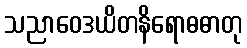
သညာဝေဒယိတနိရောဓဓာတု